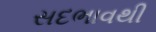
સદભાવથી